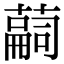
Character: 𦽊